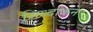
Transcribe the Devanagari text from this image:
सिध्दांकन